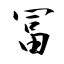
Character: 冨